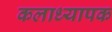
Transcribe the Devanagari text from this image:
कलाध्यापक